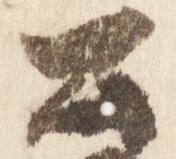
公